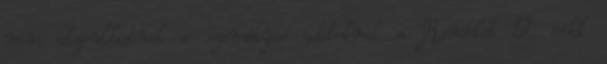
nem alapulhatnak a személyes adatoknak a Rendelet 9. cikk